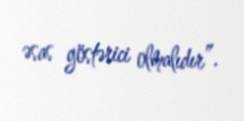
əsas göstərici olmalıdır”.